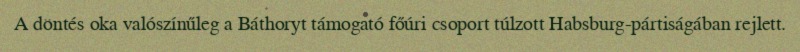
A döntés oka valószínűleg a Báthoryt támogató főúri csoport túlzott Habsburg-pártiságában rejlett.